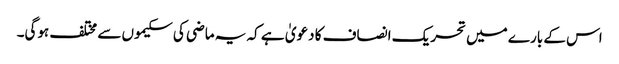
اس کے بارے میں تحریک انصاف کا دعویٰ ہے کہ یہ ماضی کی سکیموں سے مختلف ہوگی۔